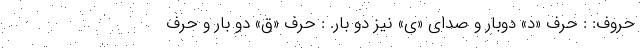
حروف: : حرف «د» دوبار و صدای «ی» نیز دو بار. : حرف «ق» دو بار و حرف